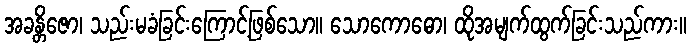
အခန္တိဇော၊ သည်းမခံခြင်းကြောင့်ဖြစ်သော။ သောကောဓော၊ ထိုအမျက်ထွက်ခြင်းသည်ကား။